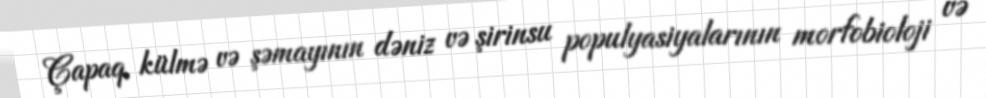
Çapaq, külmə və şəmayının dəniz və şirinsu populyasiyalarının morfobioloji və